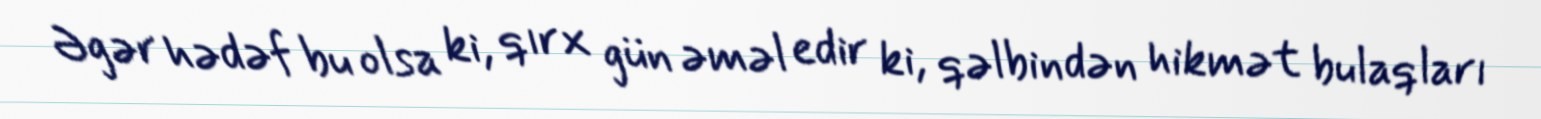
Əgər hədəf bu olsa ki, qırx gün əməl edir ki, qəlbindən hikmət bulaqları